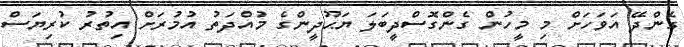
ގެންދޭ އަވަހަށް މި މީހުން ގެންގޮސްދީބަލަ ޔަޙޫދީންގެ މުއްދަތު އުމުރަށް އިތުރު ކުރިޔަސް